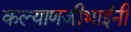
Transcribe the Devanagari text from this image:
कल्याणजीभाईंनी